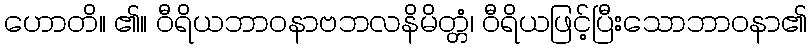
ဟောတိ။ ၏။ ဝီရိယဘာဝနာဗဘလနိမိတ္တံ၊ ဝီရိယဖြင့်ပြီးသောဘာဝနာ၏